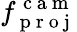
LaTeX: f_{\mathrm{~p~r~o~j~}}^{\mathrm{~c~a~m~}}